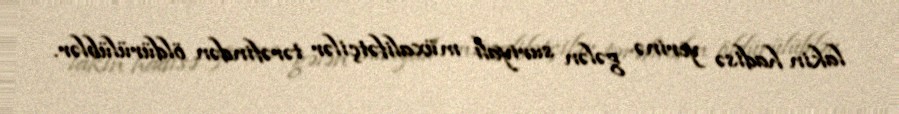
lakin hadisə yerinə gələn suriyalı müxalifətçilər tərəfindən öldürülüblər.